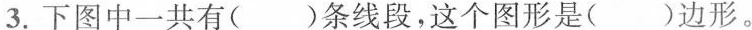
3.下图中一共有( )条线段，这个图形是( )边形。